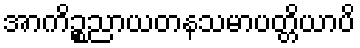
အာကိဉ္စညာယတနသမာပတ္တိယာပိ